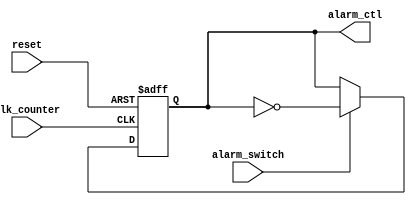
module alarm_on_off_ctl(
    input alarm_switch,
    input clk_counter,
    input reset,
    output reg alarm_ctl
    );
    
     reg alarm_ctl_next;
    
    always @*
        if (alarm_switch)
            alarm_ctl_next = ~alarm_ctl;
        else 
            alarm_ctl_next = alarm_ctl;
    
    always @(posedge clk_counter or negedge reset)
        if (~reset)
            alarm_ctl <= 1'b0;
        else
            alarm_ctl <= alarm_ctl_next;  
endmodule